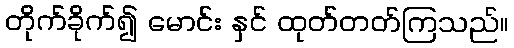
တိုက်ခိုက်၍ မောင်း နှင် ထုတ်တတ်ကြသည်။